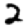
Digit: 2